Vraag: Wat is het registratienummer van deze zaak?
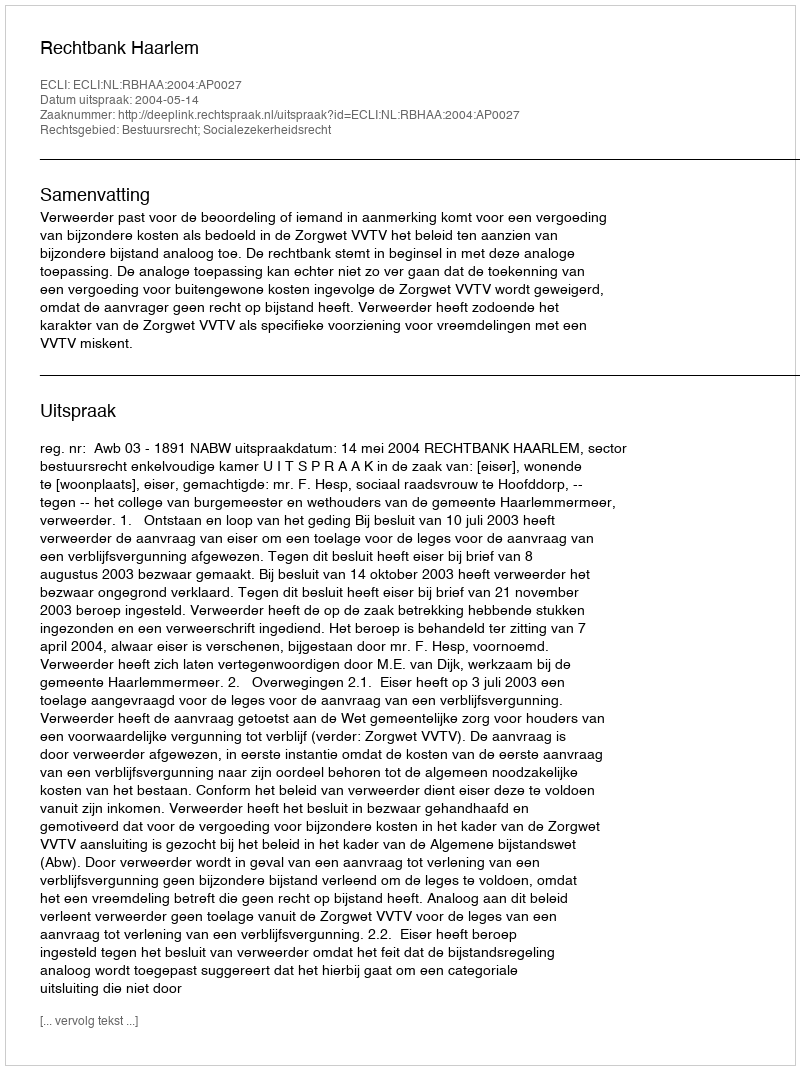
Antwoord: http://deeplink.rechtspraak.nl/uitspraak?id=ECLI:NL:RBHAA:2004:AP0027